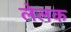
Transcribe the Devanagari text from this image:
लेलक